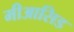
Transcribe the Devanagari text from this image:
मीआसिड